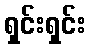
ရှင်းရှင်း